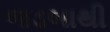
જડબાથી